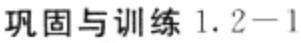
巩固与训练 1.2−1